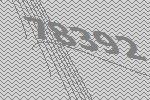
78392